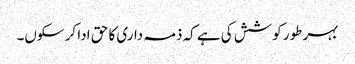
بہر طور کوشش کی ہے کہ ذمہ داری کا حق ادا کر سکوں۔